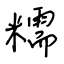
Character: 糯